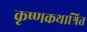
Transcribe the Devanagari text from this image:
कृष्णकथाश्रित